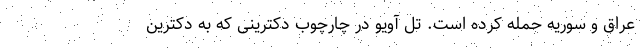
عراق و سوریه حمله کرده است. تل آویو در چارچوب دکترینی که به دکترین